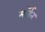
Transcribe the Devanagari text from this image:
माॅर्डन